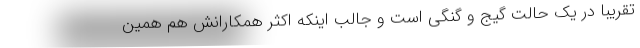
تقریبا در یک حالت گیج و گنگی است و جالب اینکه اکثر همکارانش هم همین